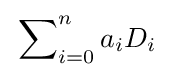
\sideset {}{_{i=0}^{n}}\sum a_{i}D_{i}